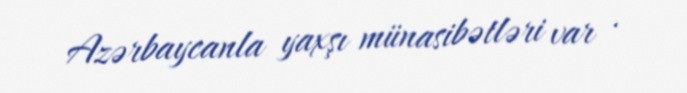
Azərbaycanla yaxşı münasibətləri var .